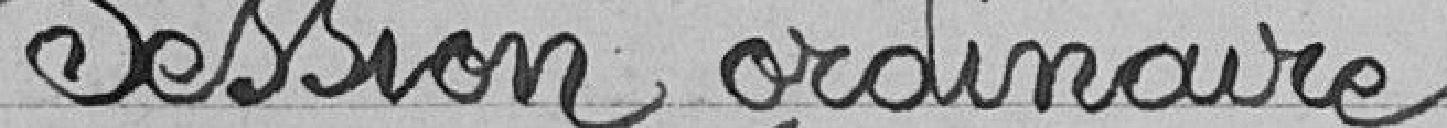
Session ordinaire